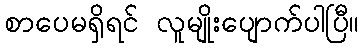
စာပေမရှိရင် လူမျိုးပျောက်ပါပြီ။